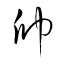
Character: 帥